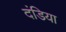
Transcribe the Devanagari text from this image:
दंडिया